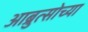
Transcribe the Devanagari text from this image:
आब्रुत्सोच्या